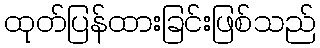
ထုတ်ပြန်ထားခြင်းဖြစ်သည်